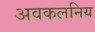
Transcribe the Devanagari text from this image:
अवकलनिय